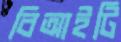
বিআইটি